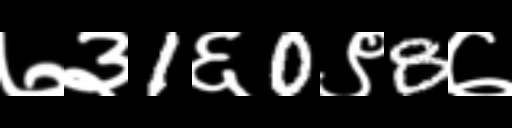
Text: ७३1६0९8७